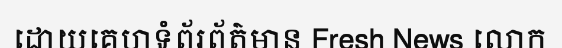
ដោយគេហទំព័រព័ត៌មាន Fresh News លោក